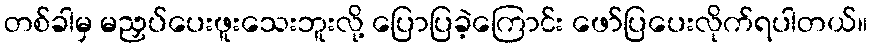
တစ်ခါမှ မညှပ်ပေးဖူးသေးဘူးလို့ ပြောပြခဲ့ကြောင်း ဖော်ပြပေးလိုက်ရပါတယ်။